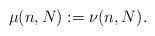
LaTeX: \begin{align*}\mu(n,N):=\nu(n,N).\end{align*}